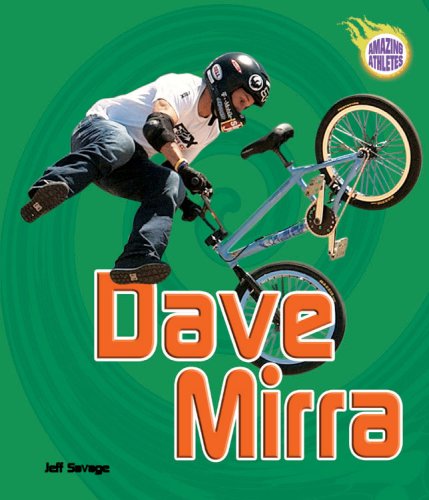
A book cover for Dave Mirra (Amazing Athletes); Jeff Savage; Children's Books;